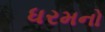
ધરમનો